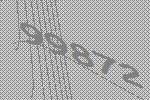
99872